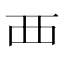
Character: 覀